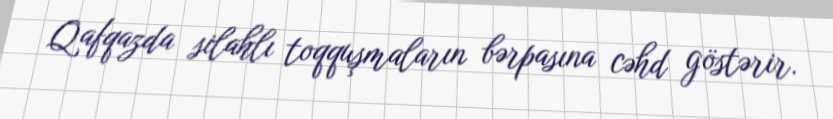
Qafqazda silahlı toqquşmaların bərpasına cəhd göstərir.